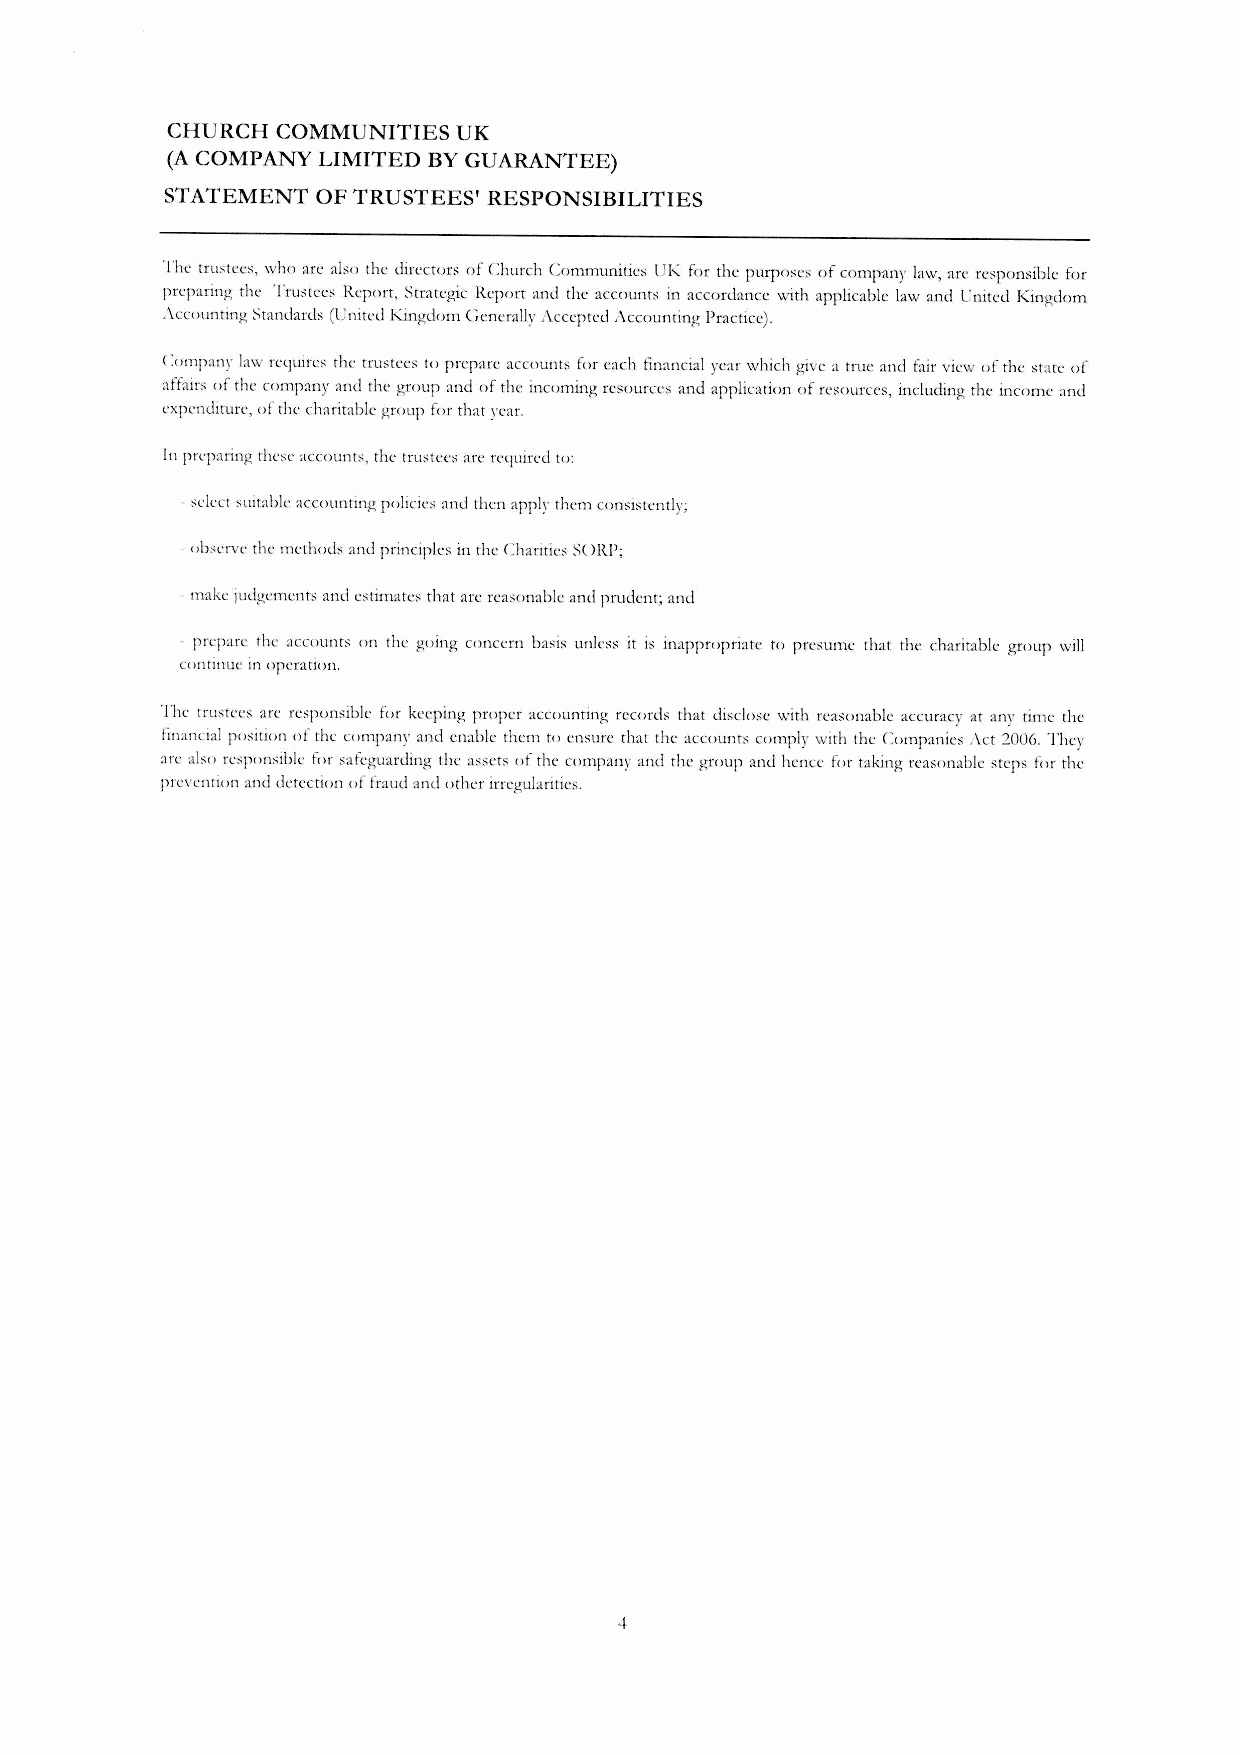
CHU RCH COMMUNITIES UK
 (ACOMPANY LIMITED BY GUARANTEE)
 STATEMENT OF TRUSTEES' RESPONSIBILITIES
 The tru:;tees, who arc also the directors of Church Communities UK for the purposes of company law, arc IT:;ponsible for
 preparing the Truste.:e.:s lZe.:porr,Strategic Report and the accounrs in accordance with applicablc.: law and Cnited Kingdom
 ;\ccounting Standards (Unite.:d Kingdom Cene.:rallv ;\ccepted ,\ccounting Practice).
 (:ompany law '"Clluires the.:trustee.:s to pre.:parc accounts for each financial year which give a true and fair view of rhe state of
 affair:; of the company and the group and of the incoming re.::;ources and application of resources, including the income.: and
 expenciirure, of the charitable gToup for that year.
 In preparing these accounts, the trustees arc retluired to:
 -,elc.:cfsuitable accounting policie:; and then appk the.:mcomistently;
 observe the mc:rhods and principles in the Charitic,; S(lIZ!';
 -make ludgeme.:nts and e.::;timates that arc reasonable and prude.:nr; and
 - prepare the accounts on the going concern basis unk" it is inappropriate.: to prc,;umc that the.:charitable.: gmup will
 cOllrinuc. in operation.
 The trustees arc rcspon,;ible fur kee.:ping proper accounring rec()rds that disclose with rea,;unable accuracy at anI' time the
 financial position of the.:compal1\' and e.:nablc.:them to e.:n,;ure.:that the.:accounts comply with the.:COll1panie.:,;,\ct 2006. They
 arc als() responsible f()r safe.:guarding the.:a,;scts of the company and rhe.:group anu he.:nce for taking reas()nable steps t()r the
 prevenrion and dete.:ction of fraud and ()ther irre.:gularitie.:s.